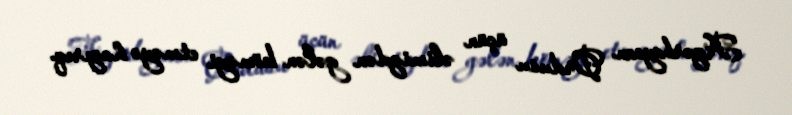
Azərbaycan Ordusu üçün əlimizdən gələn köməyi etməyə hazırıq.